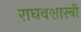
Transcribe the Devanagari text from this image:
राघवशास्त्री